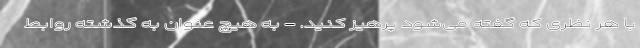
با هر نظری که گفته می‌شود پرهیز کنید. - به هیچ عنوان به گذشته روابط